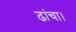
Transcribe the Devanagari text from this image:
ढांचा।